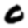
Digit: 0